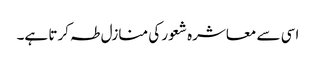
اسی سے معاشرہ شعور کی منازل طہ کرتا ہے۔